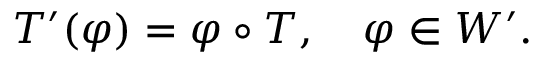
T ^ { \prime } ( \varphi ) = \varphi \circ T , \quad \varphi \in W ^ { \prime } .